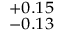
^ { + 0 . 1 5 } _ { - 0 . 1 3 }